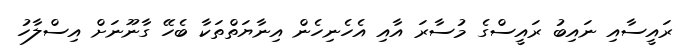
ރައީސާއި ނައިބު ރައީސްގެ މުސާރަ އާއި އެހެނިހެން އިނާޔަތްތަކާ ބެހޭ ގާނޫނަށް އިސްލާހު